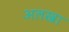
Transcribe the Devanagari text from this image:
अलखा